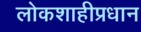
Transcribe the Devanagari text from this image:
लोकशाहीप्रधान